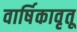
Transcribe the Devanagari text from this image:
वार्षिकावृतू